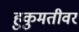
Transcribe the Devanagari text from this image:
हुकुमतीवर